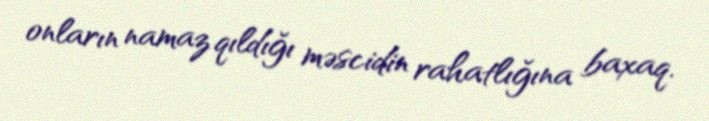
onların namaz qıldığı məscidin rahatlığına baxaq.